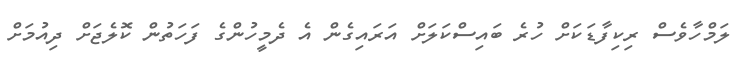
ލަމްހާވެސް ރިކިފާޑަކަށް ހުރެ ބައިސްކަލަށް އަރައިގެން އެ ދެމީހުންގެ ފަހަތުން ކޮލެޖަށް ދިއުމަށް